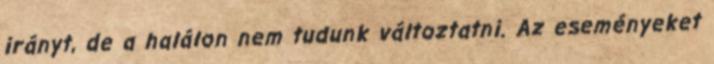
irányt, de a halálon nem tudunk változtatni. Az eseményeket